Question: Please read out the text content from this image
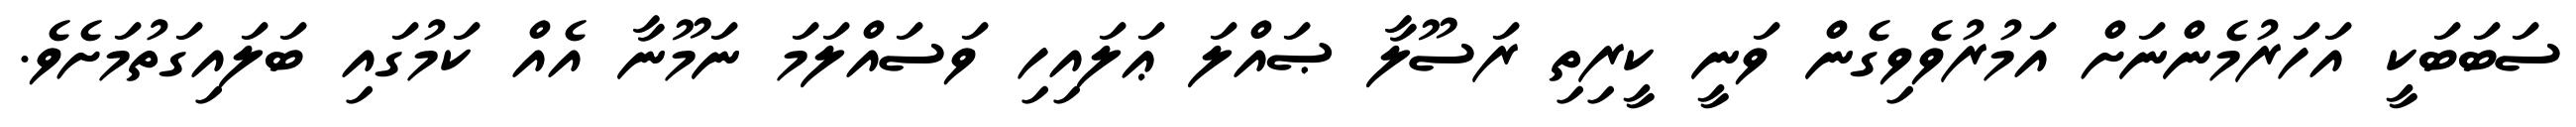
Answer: ސަބަބަކީ އަހަރުމެންނަށް އަމުރުވެވިގެން ވަނީ ކީރިތި ރަސޫލާ ޞައްލަ ޢަލައިހި ވަސައްލަމަ ނަމޫނާ އެއް ކަމުގައި ބަލައިގަތުމަށެވެ.